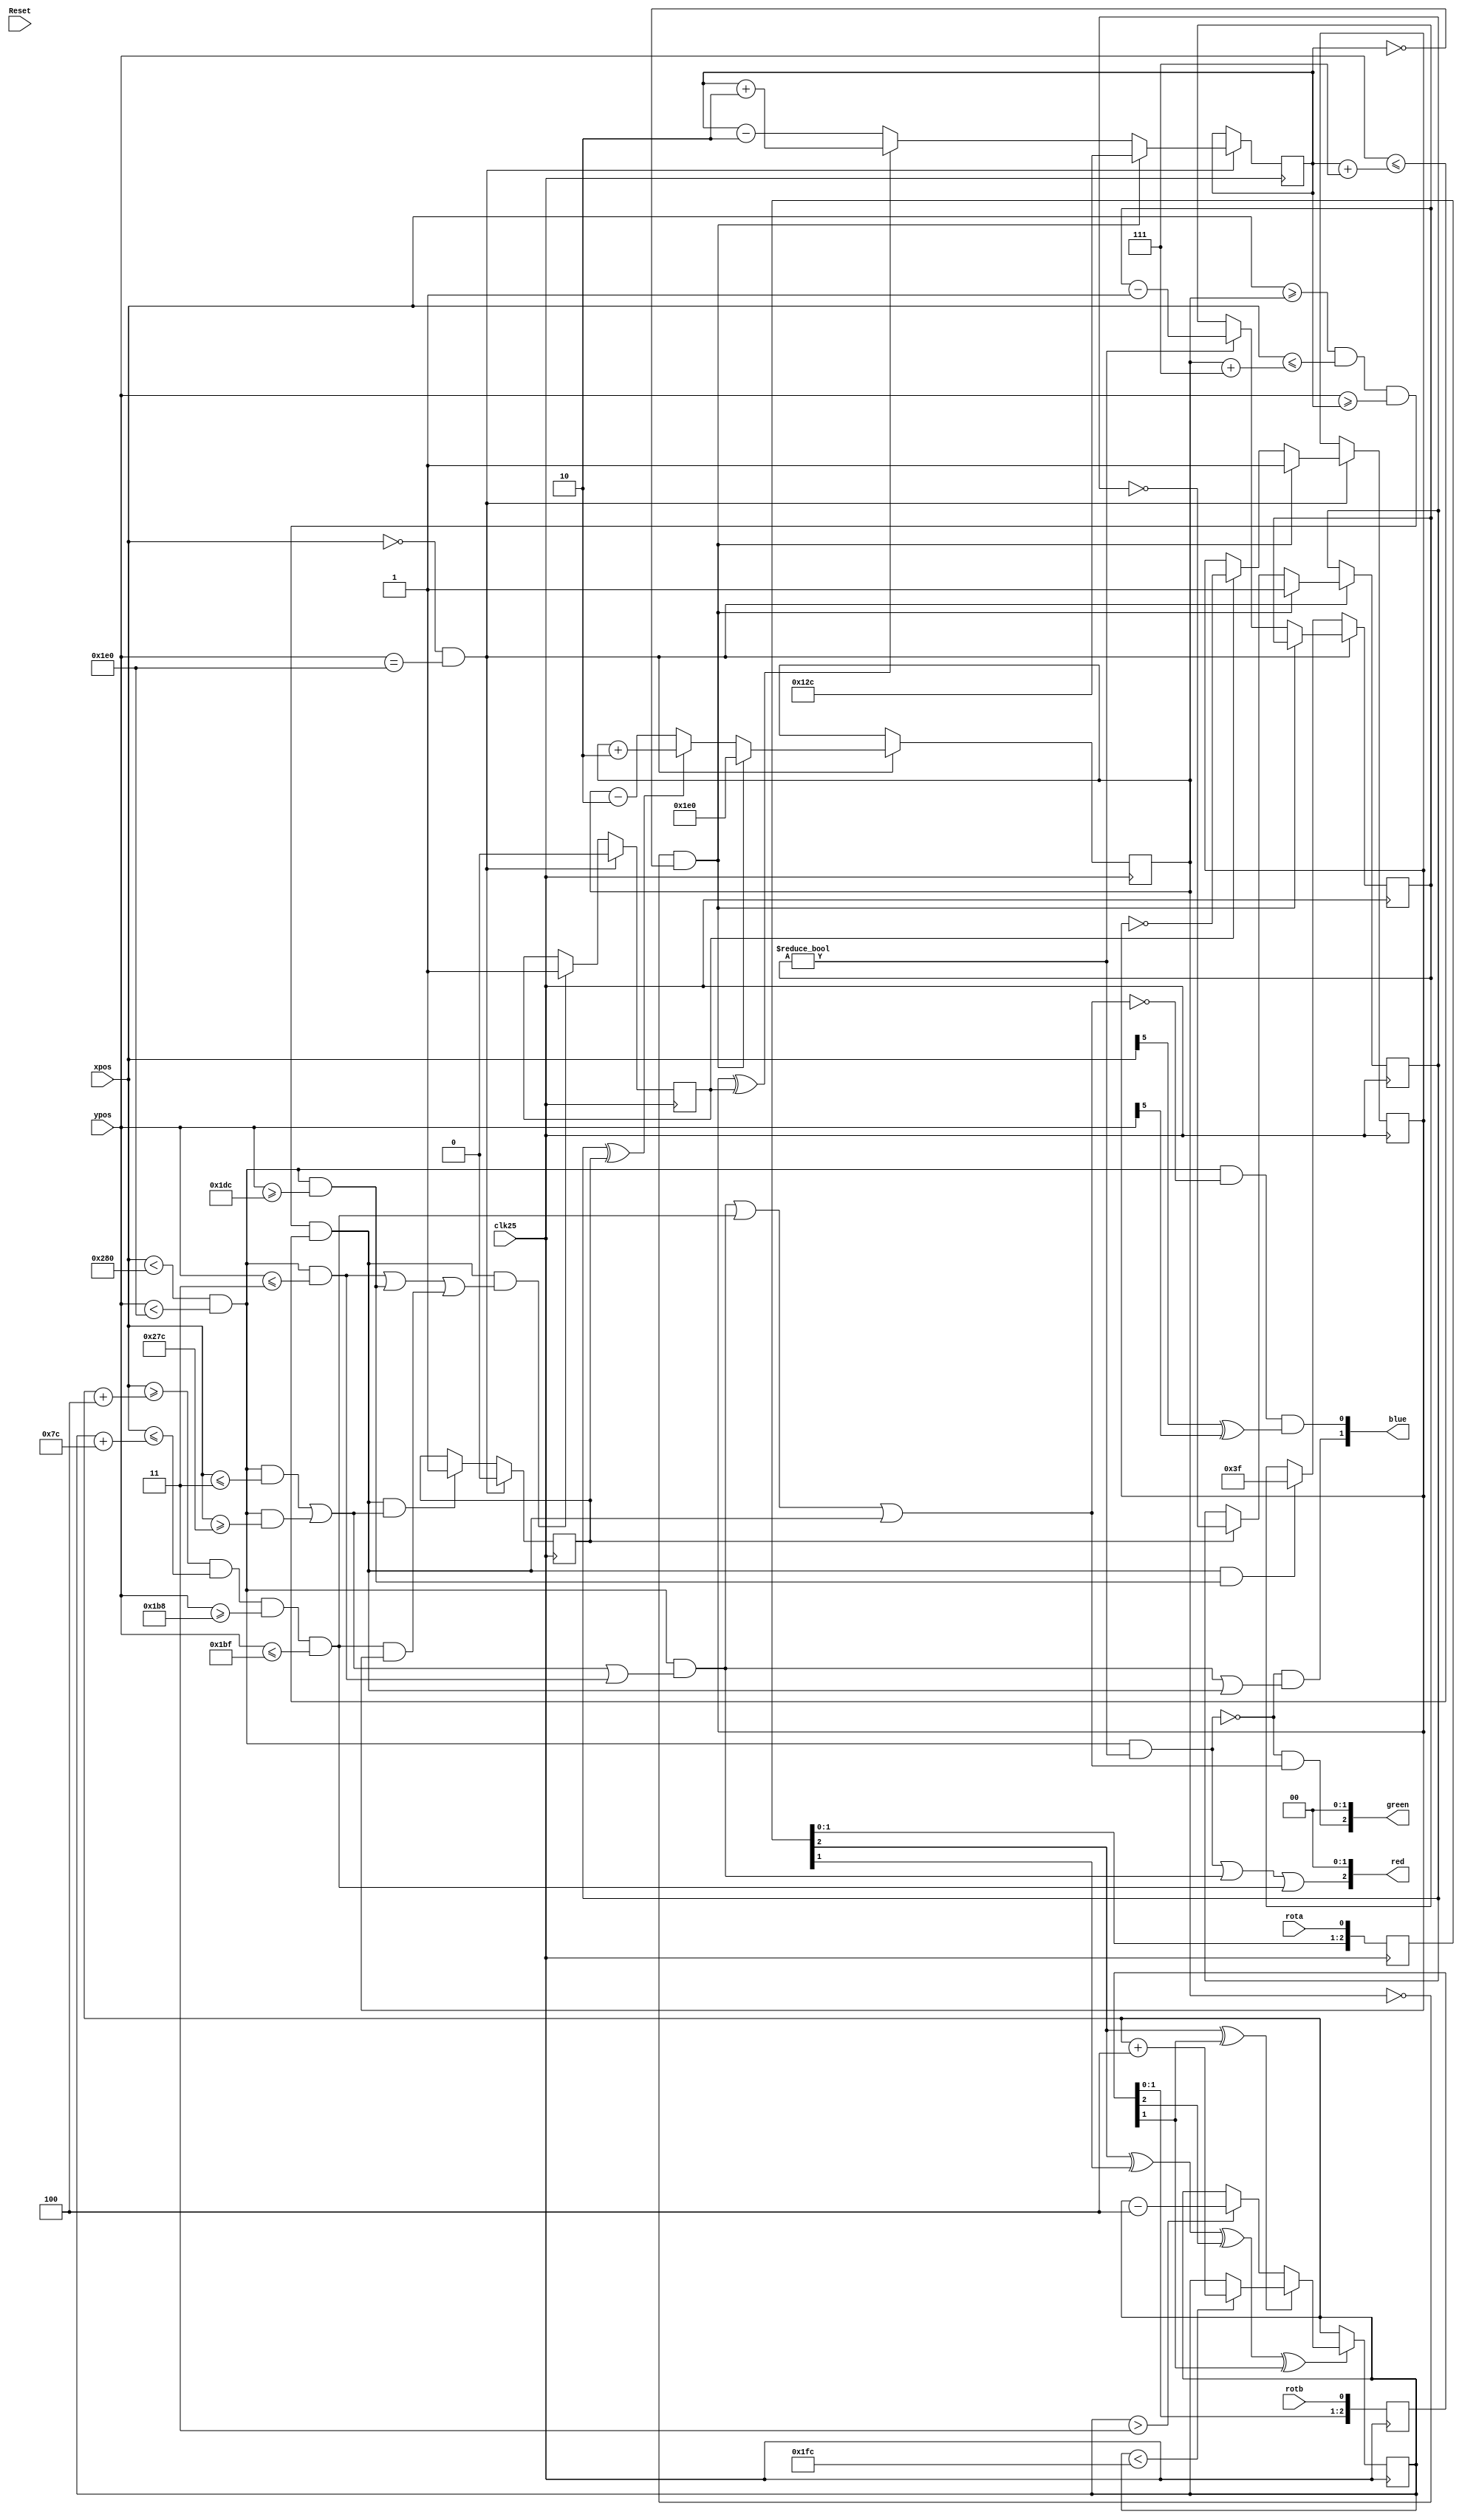
module game_module2015(input clk25, input Reset,
				input [9:0] xpos,
				input [9:0] ypos,
				input rota,
				input rotb,
				output [2:0] red,
				output [2:0] green,
				output [1:0] blue);
reg [8:0] paddlePosition;
reg [2:0] quadAr, quadBr;
always @(posedge clk25) quadAr <= {quadAr[1:0], rota};
always @(posedge clk25) quadBr <= {quadBr[1:0], rotb};
always @(posedge clk25)
if(quadAr[2] ^ quadAr[1] ^ quadBr[2] ^ quadBr[1])
begin
	if(quadAr[2] ^ quadBr[1]) begin
		if(paddlePosition < 508)        
			paddlePosition <= paddlePosition + 3'd4;
	end
	else begin
		if(paddlePosition > 2'd3)        
			paddlePosition <= paddlePosition - 3'd4;
	end
end
reg [9:0] ballX;
reg [8:0] ballY;
reg ballXdir, ballYdir;
reg bounceX, bounceY;
wire endOfFrame = (xpos == 0 && ypos == 480);
always @(posedge clk25) begin
	if (endOfFrame) begin 
		if (ballX == 0 && ballY == 0) begin 
			ballX <= 480;
			ballY <= 300;
		end
		else begin
			if (ballXdir ^ bounceX) 
				ballX <= ballX + 2'd2;
			else 
				ballX <= ballX - 2'd2;	
			if (ballYdir ^ bounceY) 
				ballY <= ballY + 2'd2;
			else
				ballY <= ballY - 2'd2;	
		end
	end	
end		
reg [5:0] missTimer;	
wire visible = (xpos < 640 && ypos < 480);
wire top = (visible && ypos <= 3);
wire bottom = (visible && ypos >= 476);
wire left = (visible && xpos <= 3);
wire right = (visible && xpos >= 636);
wire border = (visible && (left || right || top));
wire paddle = (xpos >= paddlePosition+4 && xpos <= paddlePosition+124 && ypos >= 440 && ypos <= 447);
wire ball = (xpos >= ballX && xpos <= ballX+7 && ypos >= ballY && ypos <= ballY+7);
wire background = (visible && !(border || paddle || ball));
wire checkerboard = (xpos[5] ^ ypos[5]);
wire missed = visible && missTimer != 0;
assign red   = { missed || border || paddle, 2'b00 };
assign green = { !missed && (border || paddle || ball), 2'b00 };
assign blue  = { !missed && (border || ball), background && checkerboard}; 
always @(posedge clk25) begin
	if (!endOfFrame) begin
		if (ball && (left || right))
			bounceX <= 1;
		if (ball && (top || bottom || (paddle && ballYdir)))
			bounceY <= 1;
		if (ball && bottom)
			missTimer <= 63;
	end
	else begin
		if (ballX == 0 && ballY == 0) begin 
			ballXdir <= 1;
			ballYdir <= 1;
			bounceX <= 0;
			bounceY <= 0;
		end 
		else begin
			if (bounceX)
				ballXdir <= ~ballXdir;
			if (bounceY)
				ballYdir <= ~ballYdir;			
			bounceX <= 0;
			bounceY <= 0;
			if (missTimer != 0)
				missTimer <= missTimer - 1'b1;
		end
	end
end
endmodule